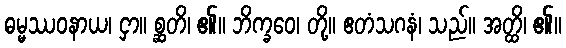
ဓမ္မဿဝနာယ၊ ငှာ။ စ္ဆတိ၊ ၏။ ဘိက္ခဝေ၊ တို့။ ဧတံသဂနံ၊ သည်။ အတ္ထိ၊ ၏။